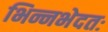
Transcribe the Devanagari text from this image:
भिन्नभेदतः